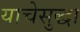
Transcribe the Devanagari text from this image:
याचेसुद्धा